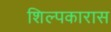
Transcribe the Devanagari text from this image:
शिल्पकारास